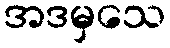
အဒမှသေ